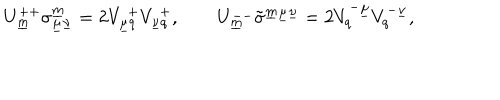
LaTeX: U _ { \underline { { { m } } } } ^ { + + } \sigma _ { \underline { { { \mu } } } \underline { { { \nu } } } } ^ { \underline { { { m } } } } = 2 V _ { \underline { { { \mu } } } q } ^ { ~ + } V _ { \underline { { { \nu } } } q } ^ { ~ + } , \qquad U _ { \underline { { { m } } } } ^ { -- } \tilde { \sigma } ^ { \underline { { { m } } } \underline { { { \mu } } } \underline { { { \nu } } } } = 2 V _ { q } ^ { - \underline { { { \mu } } } } V _ { q } ^ { - \underline { { { \nu } } } } , \qquad